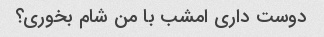
دوست داری امشب با من شام بخوری؟